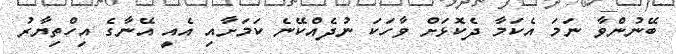
ބޭނުންވާ ނަމަ އެކަމާ ދެކޮޅަށް ވާހަކަ ނުދެއްކޭނެ ކަމަށާއި އެއީ އޭނާގެ އިހްތިޔާރު